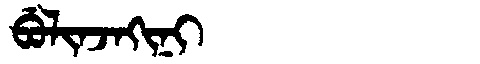
Manchu: ᠪᡠᠯᡳᠨᠵᠠᡴᡳᠨᡳ
Romanization: BULINJAKINI